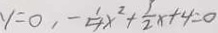
y = 0 , - \frac { 1 } { 4 } x ^ { 2 } + \frac { 3 } { 2 } x + 4 = 0